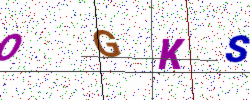
Text: OGKS